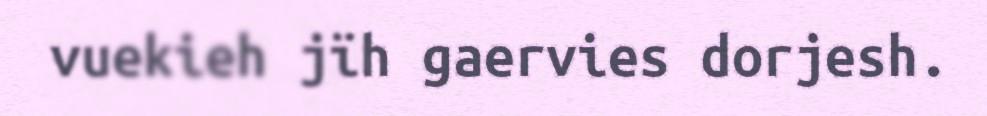
vuekieh jïh gaervies dorjesh.